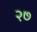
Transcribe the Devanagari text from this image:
२७